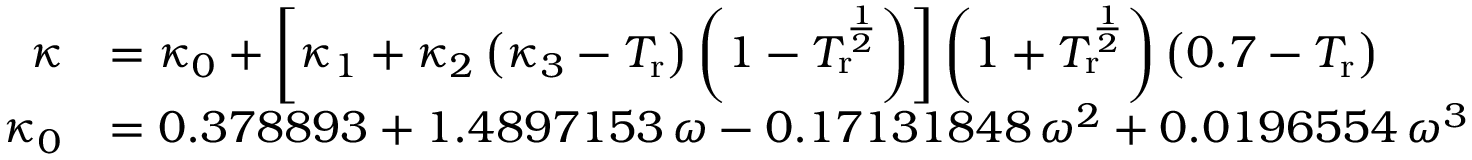
{ \begin{array} { r l } { \kappa } & { = \kappa _ { 0 } + \left[ \kappa _ { 1 } + \kappa _ { 2 } \left( \kappa _ { 3 } - T _ { \mathrm { r } } \right) \left( 1 - T _ { \mathrm { r } } ^ { \frac { 1 } { 2 } } \right) \right] \left( 1 + T _ { \mathrm { r } } ^ { \frac { 1 } { 2 } } \right) \left( 0 . 7 - T _ { \mathrm { r } } \right) } \\ { \kappa _ { 0 } } & { = 0 . 3 7 8 8 9 3 + 1 . 4 8 9 7 1 5 3 \, \omega - 0 . 1 7 1 3 1 8 4 8 \, \omega ^ { 2 } + 0 . 0 1 9 6 5 5 4 \, \omega ^ { 3 } } \end{array} }